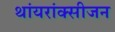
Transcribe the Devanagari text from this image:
थांयरांक्सीजन